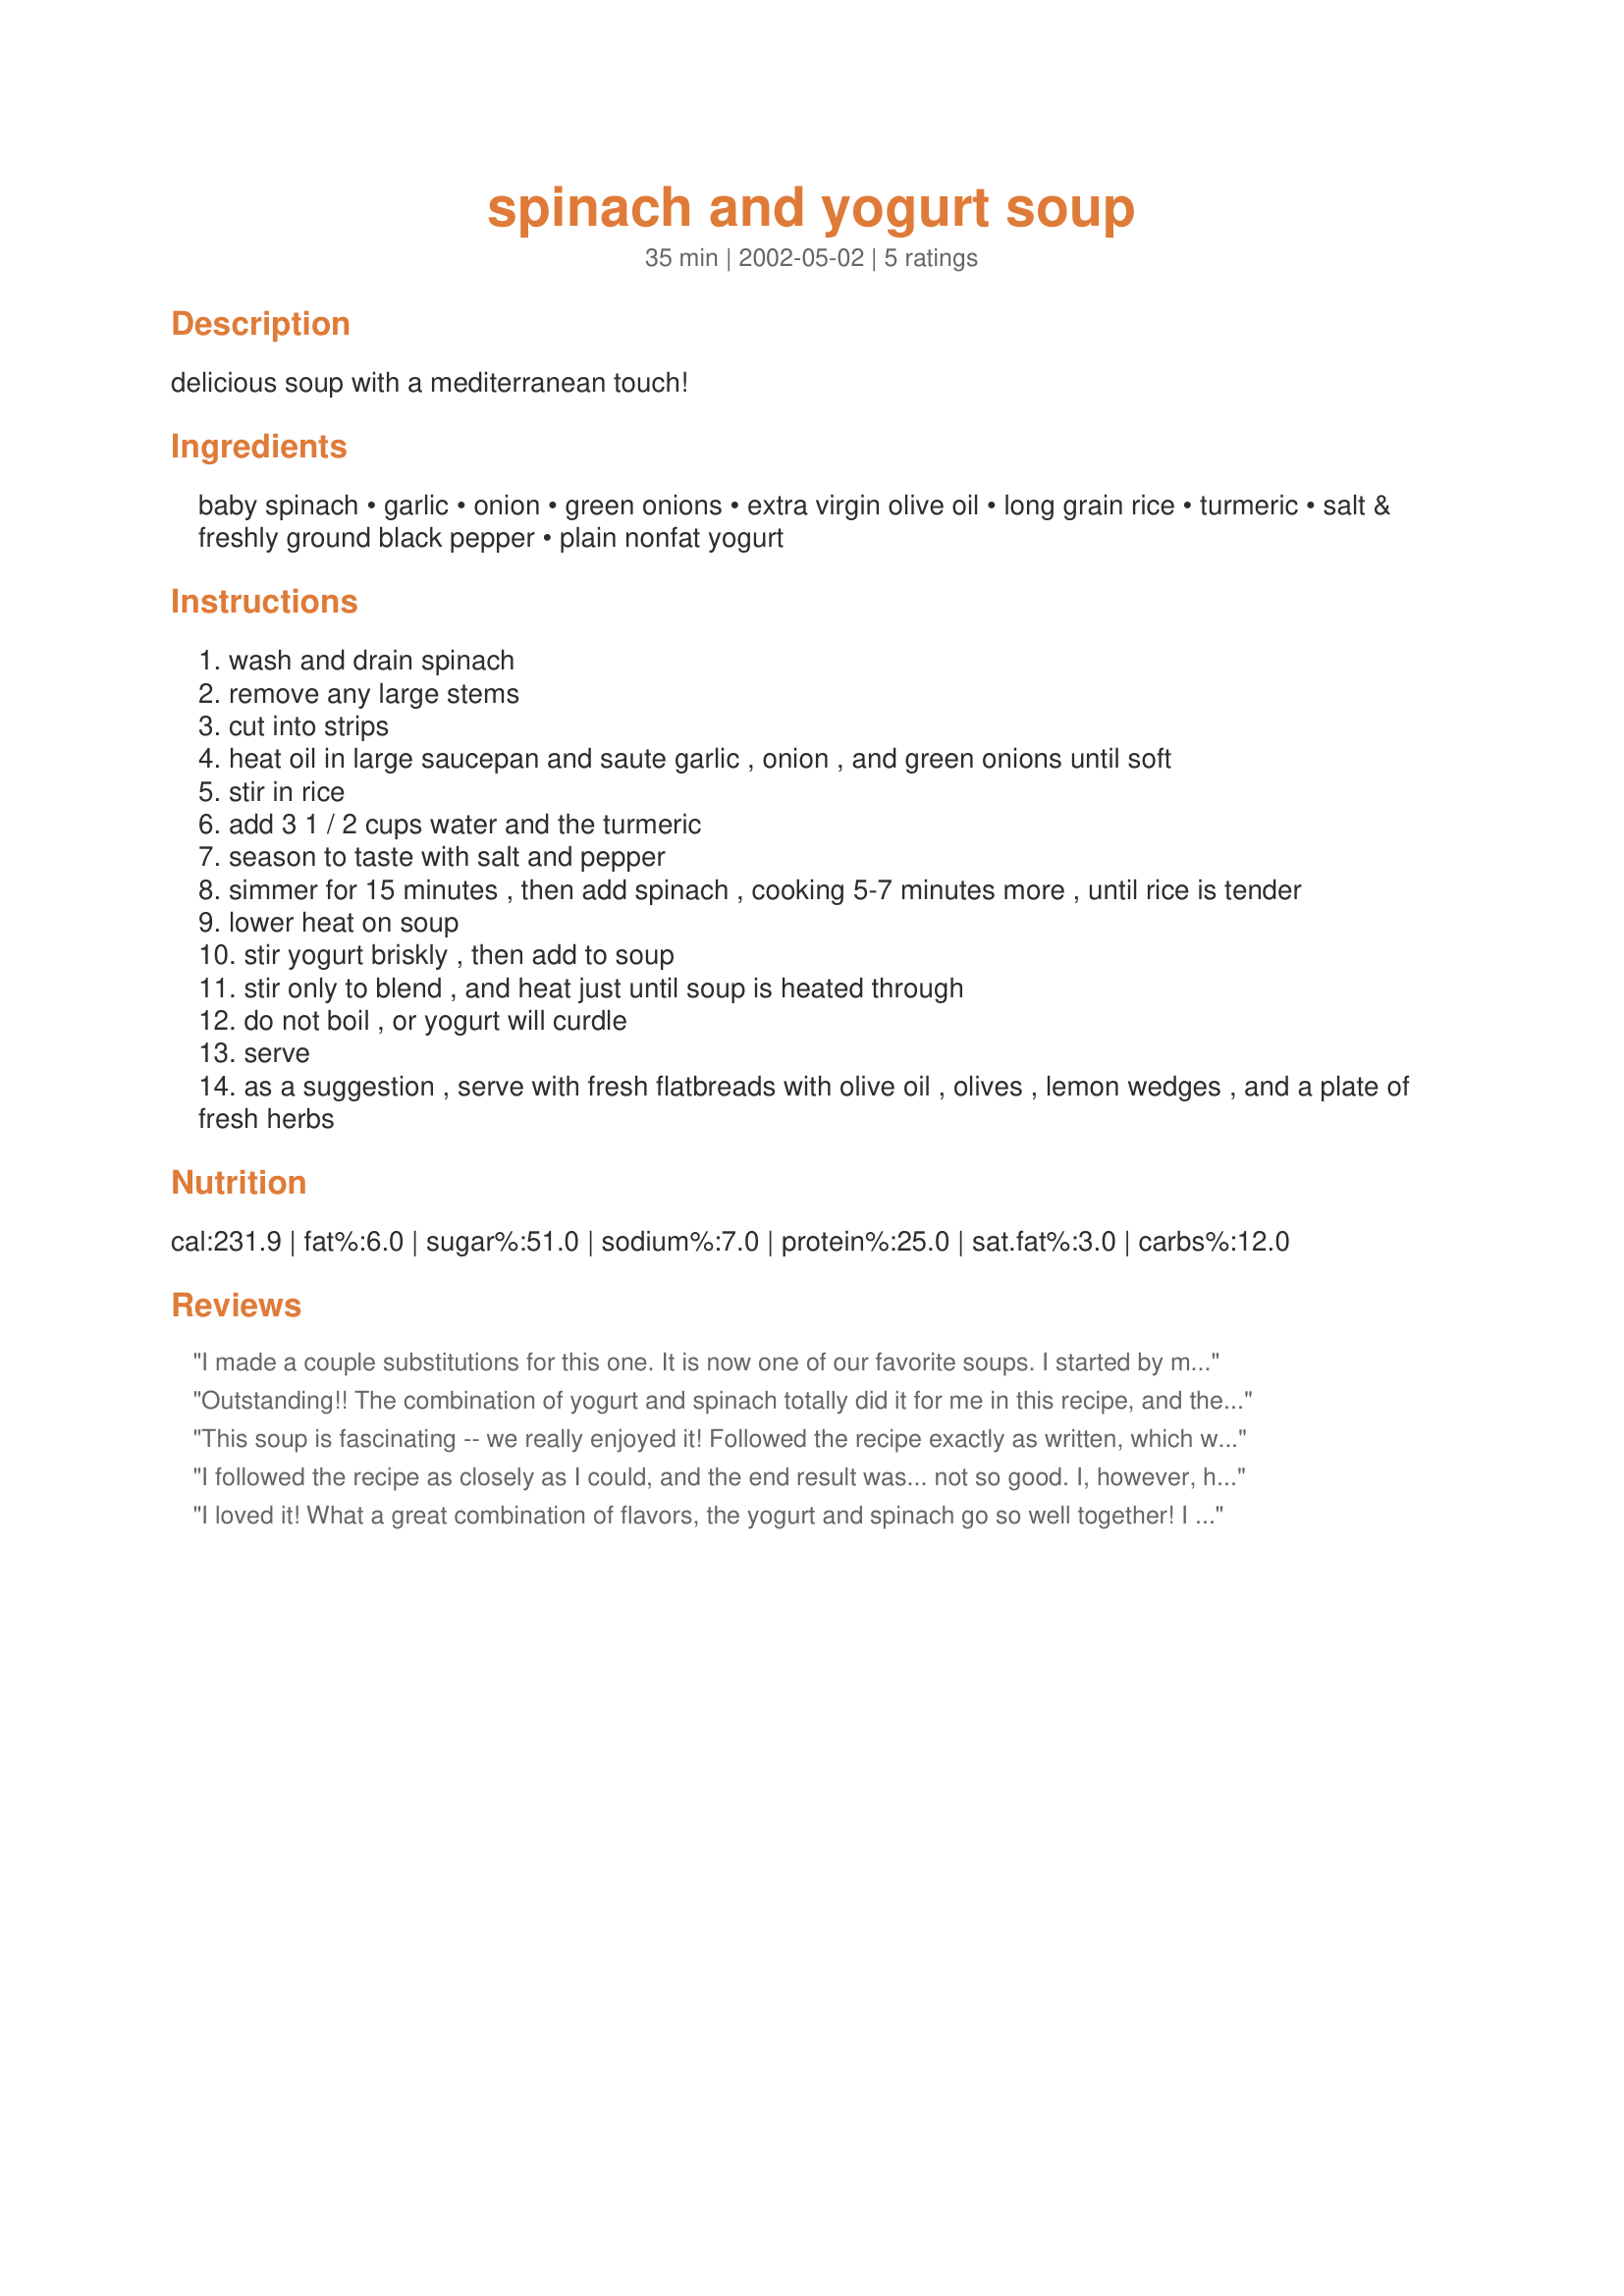
spinach and yogurt soup
Preparation time: 35 minutes

delicious soup with a mediterranean touch!

Ingredients:
baby spinach, garlic, onion, green onions, extra virgin olive oil, long grain rice, turmeric, salt & freshly ground black pepper, plain nonfat yogurt

Steps:
wash and drain spinach
remove any large stems
cut into strips
heat oil in large saucepan and saute garlic , onion , and green onions until soft
stir in rice
add 3 1 / 2 cups water and the turmeric
season to taste with salt and pepper
simmer for 15 minutes , then add spinach , cooking 5-7 minutes more , until rice is tender
lower heat on soup
stir yogurt briskly , then add to soup
stir only to blend , and heat just until soup is heated through
do not boil , or yogurt will curdle
serve
as a suggestion , serve with fresh flatbreads with olive oil , olives , lemon wedges , and a plate of fresh herbs

Reviews:
I made a couple substitutions for this one. It is now one of our favorite soups.

I started by makeing a traditional vegetable stock w/ carrots, celery, onion, and smashed garlic. I like the orange color with the green of the spinach.

I also used barley instead of rice. It holds up better in soup. We only use brown rice so the barley also speeds up the cook time.

I subbed about 1 tbl. sp. mild curry and 1 tbl. sp. paprika for the tumeric. The spice was added before the water while the trinity was cooking.
Outstanding!! The combination of yogurt and spinach totally did it for me in this recipe, and the green onions add awesome flavour as well, so preferably don't substitute them! After adding the spinach, I simmered the soup covered for about five minutes, because I didn't want it to dry out. Even so, this made a hearty, chunky soup which made a wonderful one-dish dinner for me tonight! Thanks for this one, it's a keeper!
This soup is fascinating -- we really enjoyed it! Followed the recipe exactly as written, which was very easy, and found it had a tender, delicate flavor and a wonderful mouth feel, very creamy and rich while still being very light. It's good cold, too, thanks to the fact that it is really quite low in fat. Yum! A definite keeper.
I followed the recipe as closely as I could, and the end result was... not so good. I, however, have never had spinach soup before; maybe this is what's it's supposed to taste like and I just don't like it... (Even though I do like spinach...)
I loved it! What a great combination of flavors, the yogurt and spinach go so well together! I didn't have rice so I broke up some somen noodles and it added a nice consistency to the soup. Next time I will add chicken.
